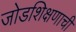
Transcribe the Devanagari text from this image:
जोडशिक्षणाची